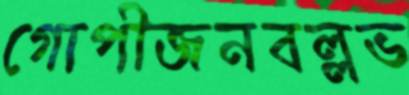
গোপীজনবল্লভ